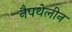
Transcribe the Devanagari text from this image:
नैपथेलीन